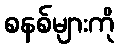
စနစ်များကို